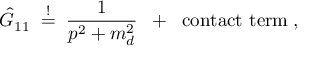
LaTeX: \hat { G } _ { 1 1 } \; \stackrel { ! } { = } \; \frac { 1 } { p ^ { 2 } + m _ { d } ^ { 2 } } \; \; + \; \; \mathrm { c o n t a c t ~ t e r m } \; ,